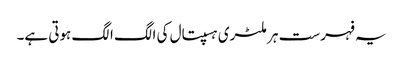
یہ فہرست ہر ملٹری ہسپتال کی الگ الگ ہوتی ہے۔